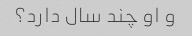
و او چند سال دارد؟